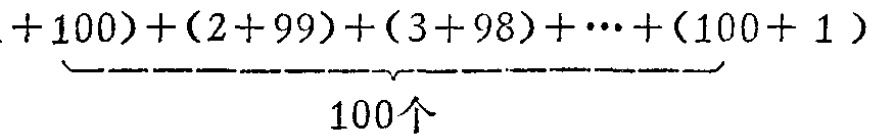
$\underbrace{(1 + 100)+(2 + 99)+(3 + 98)+\cdots+(100 + 1 )}_{100个}$